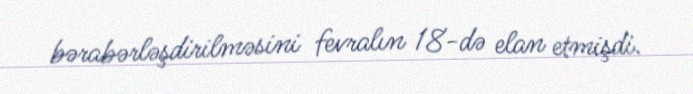
bərabərləşdirilməsini fevralın 18-də elan etmişdi.